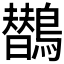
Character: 𱈻